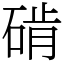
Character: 𬒔